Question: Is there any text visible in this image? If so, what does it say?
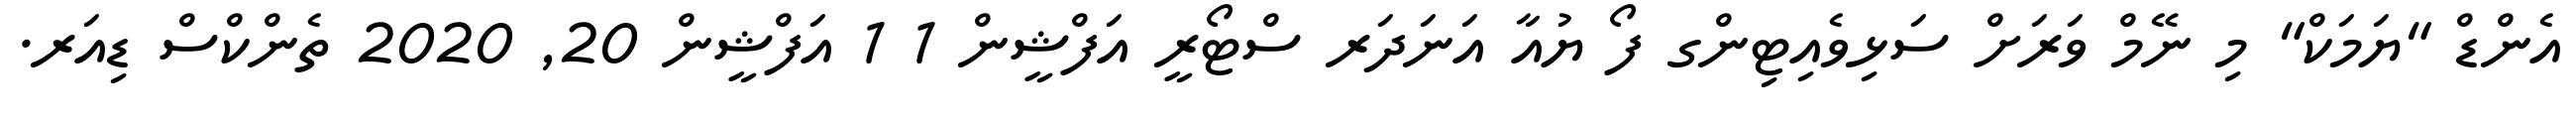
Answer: އެންޑް "ޔަމަކް" މި ނޭމް ވަރަށް ސަޅިވެއިޓިންގ ފޯ ޔުއާ އަނަދަރ ސްޓޯރީ އަފްޝީން 1 1 އަފްޝީން 20, 2020 ތެންކްސް ޑިއަރ.